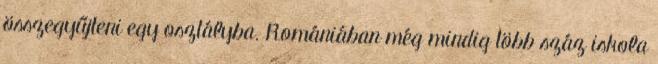
összegyűjteni egy osztályba. Romániában még mindig több száz iskola